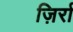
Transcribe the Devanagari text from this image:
ज़िर्रा